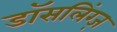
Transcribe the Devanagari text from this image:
डॉसलिंग्ज़